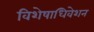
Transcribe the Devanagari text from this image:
विशेषाधिवेशन